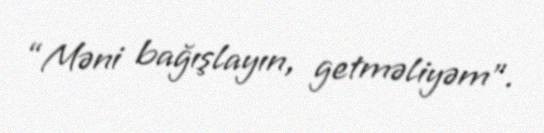
“Məni bağışlayın, getməliyəm”.